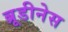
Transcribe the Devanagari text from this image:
ब्रूडीनेस